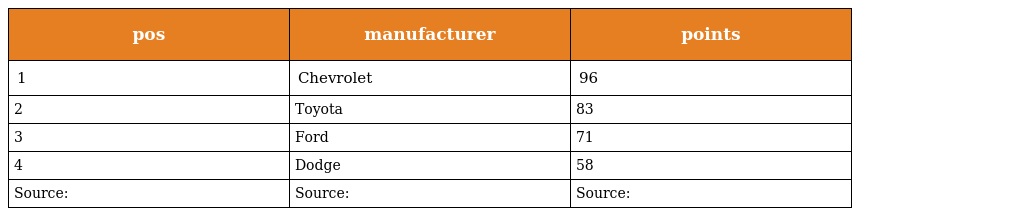
| pos | manufacturer | points |
 | --- | --- | --- |
 | 1 | Chevrolet | 96 |
 | 2 | Toyota | 83 |
 | 3 | Ford | 71 |
 | 4 | Dodge | 58 |
 | Source: | Source: | Source: |